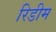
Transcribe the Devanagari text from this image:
रिडीम